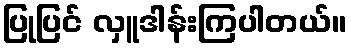
ပြုပြင် လှူဒါန်းကြပါတယ်။